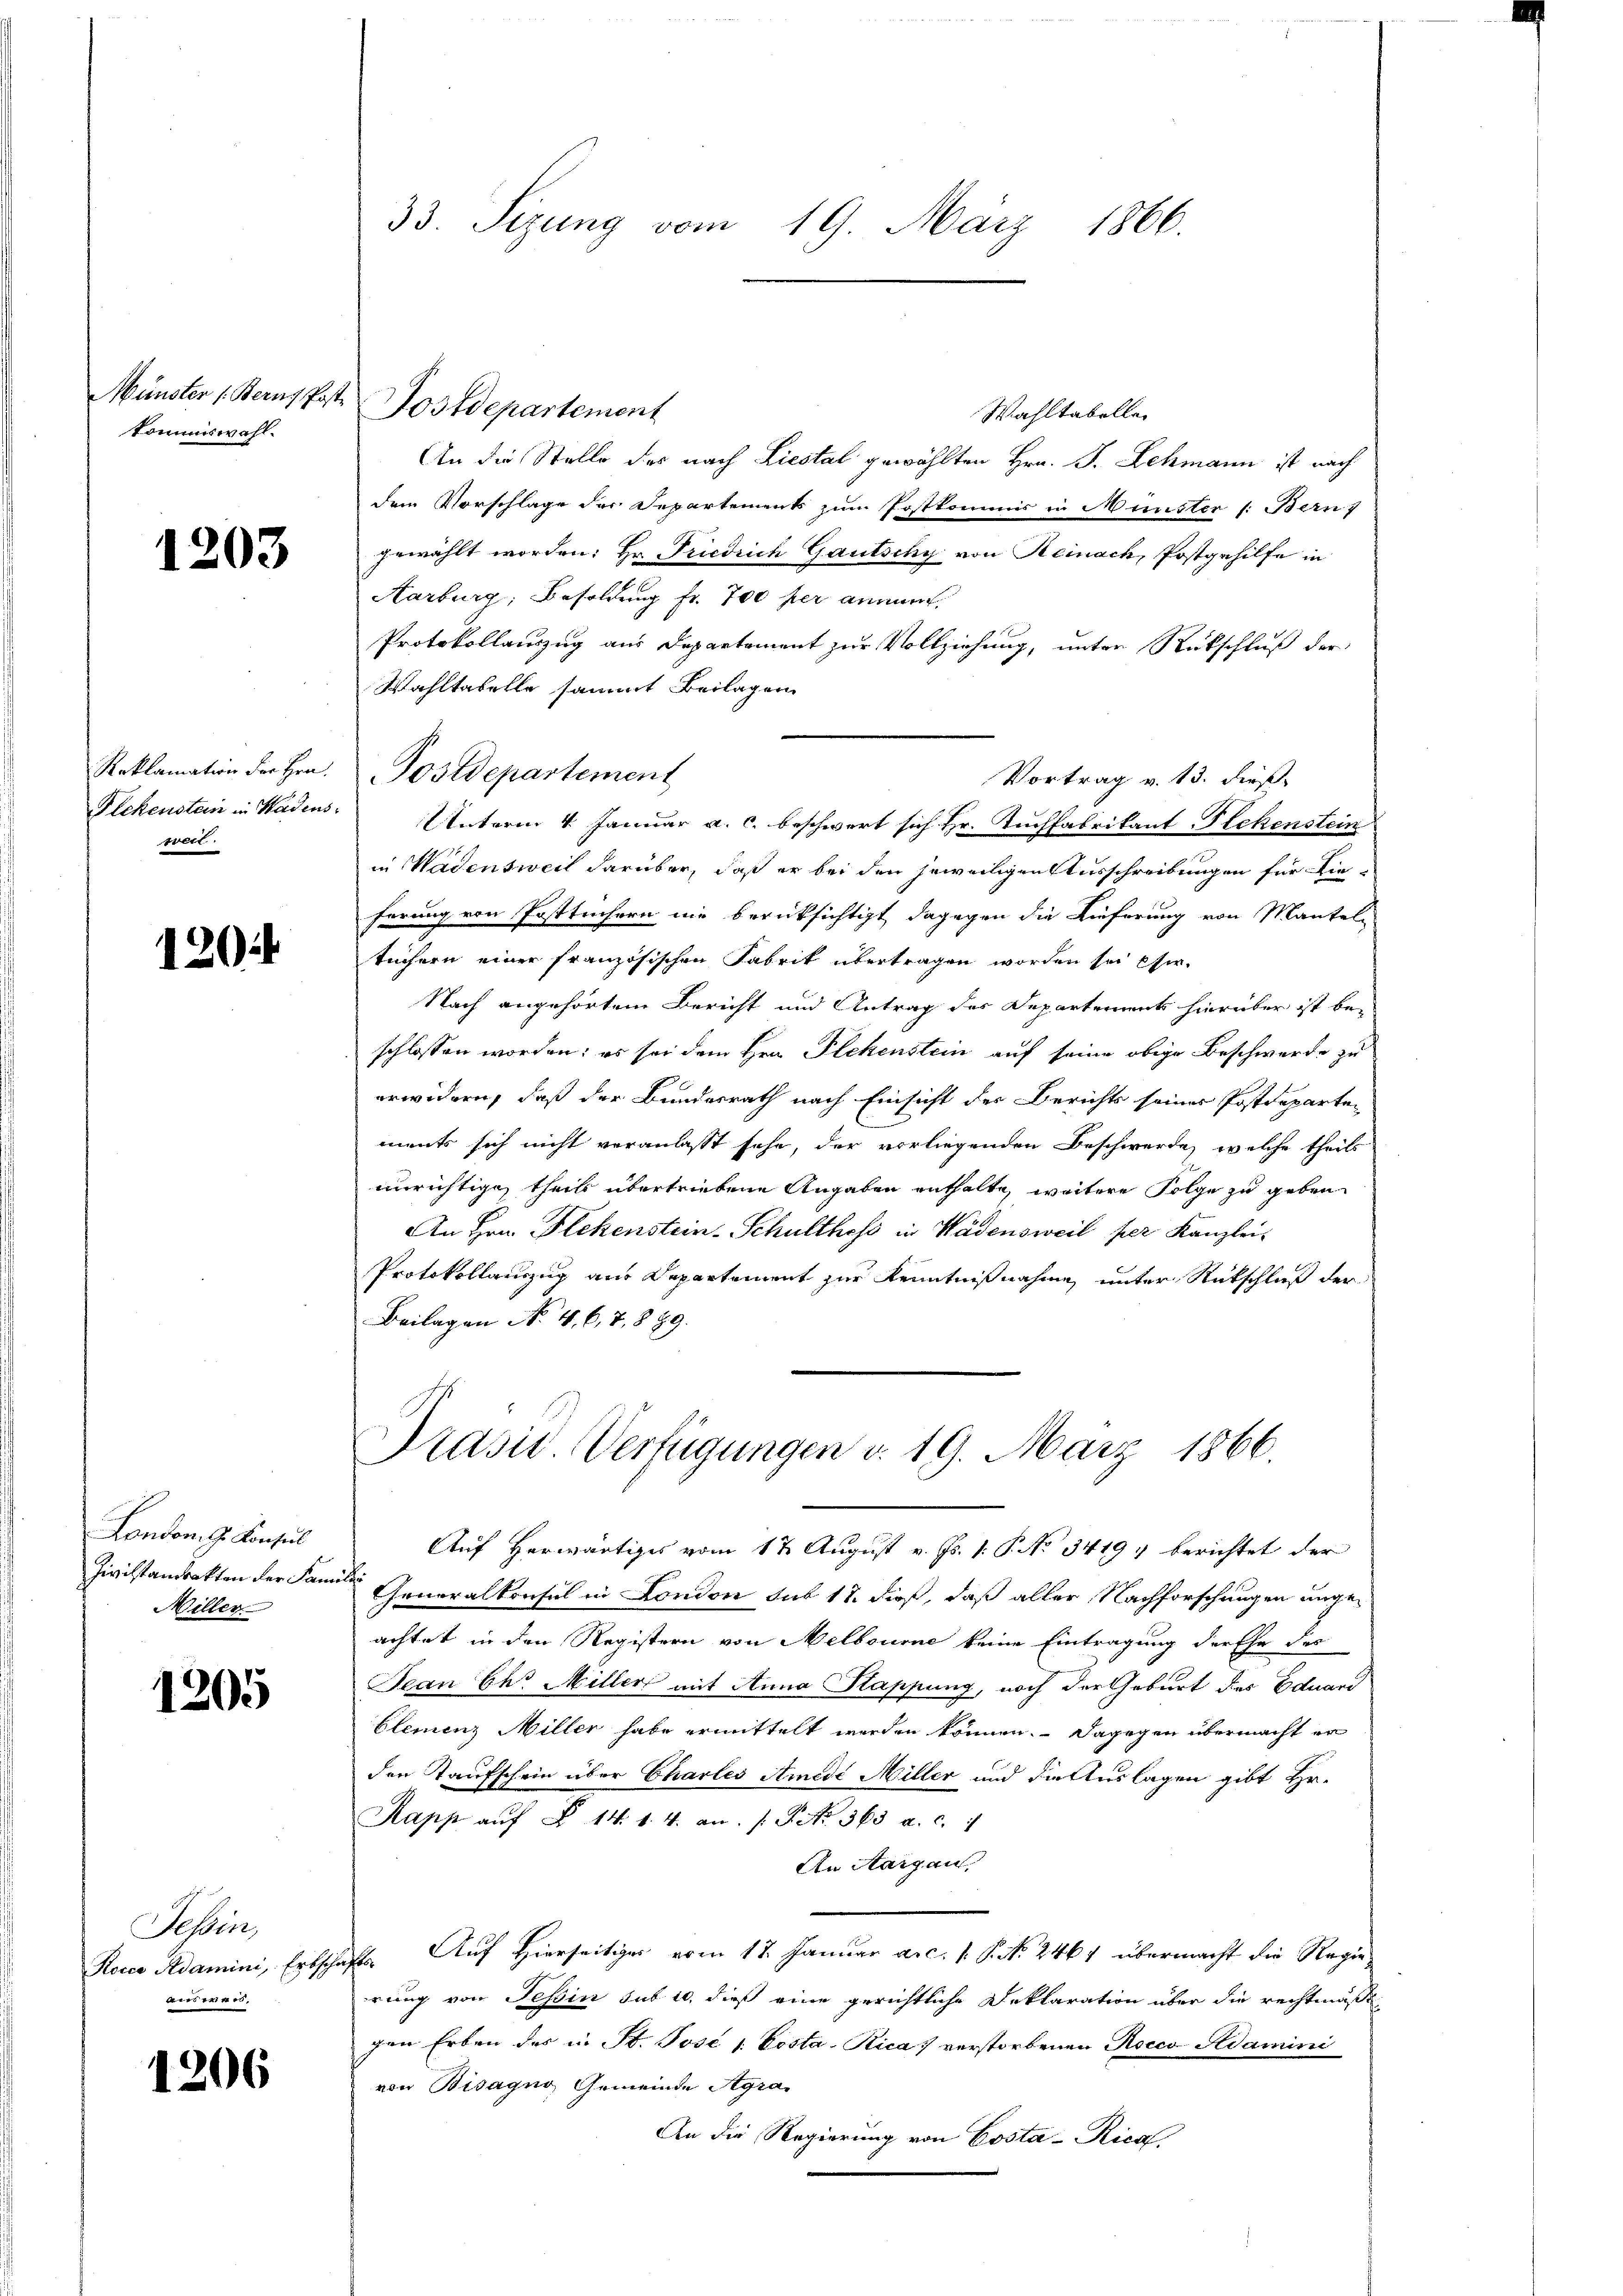
Münster (Bern Pa
kommiswahl.

1203

Reklamation der Hrn.
Flchenstein in Hadens.
een.

120.

London. G. Konsul
Willer

1205

Sessen,
an werd.

1206

33. Sizung vom 19. März 1866.

Wahltabellen
An die Stelle des nach Liestal gewählten Hrn. J. Lehmann ist nach
dem Vorschlage der Departements zum Postkommis in Münster (: Bern
gewählt worden: Hr. Friedrich Gautschy von Reinack, Postgehilfe in
Aarburg, Besoldung fr. 700 per annum,
Protokollauszug aus Departement zur Vollziehung, unter Rückschluß der
Wahltabelle sammt Beilagen
Postdepartement
Unterm 4. Januar a. c. beschwert sich Hr. Tuchfabrikant. Flekenstein
in Wädensweil darüber, daß er bei den jeweiligen Ausschreibungen für dieferung von Posttüchern nie berücksichtigt, dagegen die Lieferung von Mantel
tüchern einer französischen Fabrik übertragen worden sei eser
Nach angehörtem Bericht und Antrag der Departements hierüber ist be-
schlossen worden; es sei dem Hrn. Plekenstein auf seine obige Beschwerde zu
erwidern, daß der Bundesrath nach Einsicht der Berichts seines Postdeparten
ments sich nicht veranlasst sehe, der vorliegenden Beschwerde, welche theils
unrichtigen theils übertriebene Angaben enthalte, weitere Folge zu geben
An Hrn. Flekenstein-Schulthess in Wädensweil per Kanzlei-
Protokollauszug aus Departement zur Kenntnißnahme unter Rückschluß der
Beilagen No. 4. 6, 7, 889.

Postdepartement

Auf Herwärtiges vom 1 t August v. Js. 1. P. No 3419, berichtet der
Zivilstandrakten der Sammler Generalkonsul in London sub 18. dieß, daß aller Nachforschungen unge-
achtet in den Registern von Melbourne keine Eintragung der Ehe des
Jean Ihr Miller mit Anna Sappung, noch der Geburt des Eduard
blemenz Miller habe ermittelt werden können. Dagegen übermacht er
den Kaufschein über Chartes Amedi Miller und die Auslagen gibt Hr.
Kapp aŭf § 14. 1. 4. an. /: P. Nr. 363 a. c. 7
An Aargau,
Roica Adamini, Erbschafts. Auf Hierseitiges vom 18. Januar a.c. s. P. Nr. 2461 übermacht die Regierrung von Tessin sub 10, dieß eine gerichtliche Deklaration über die rechtmäßt
gen Erben des in St. Posé 1. Posta-Rica 7 verstorbenen Rocco Adamini
von Bisagno, Gemeinde Agra
An die Regierung von Costa-Rical

Vortrag v. 13. dieß

Präsid. Verfügungen v. 19. März 1866.